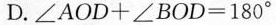
D.$$ ∠AOD+∠BOD=180° $$